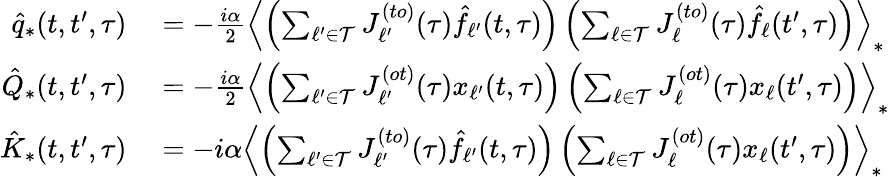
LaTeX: \begin{array}{rl}{\hat{q}_{*}(t,t^{\prime},\tau)}&{{}=-\frac{i\alpha}{2}\left\langle\left(\sum_{\ell^{\prime}\in\mathcal{T}}J_{\ell^{\prime}}^{(to)}(\tau)\hat{f}_{\ell^{\prime}}(t,\tau)\right)\left(\sum_{\ell\in\mathcal{T}}J_{\ell}^{(to)}(\tau)\hat{f}_{\ell}(t^{\prime},\tau)\right)\right\rangle_{*}}\\ {\hat{Q}_{*}(t,t^{\prime},\tau)}&{{}=-\frac{i\alpha}{2}\left\langle\left(\sum_{\ell^{\prime}\in\mathcal{T}}J_{\ell^{\prime}}^{(ot)}(\tau)x_{\ell^{\prime}}(t,\tau)\right)\left(\sum_{\ell\in\mathcal{T}}J_{\ell}^{(ot)}(\tau)x_{\ell}(t^{\prime},\tau)\right)\right\rangle_{*}}\\ {\hat{K}_{*}(t,t^{\prime},\tau)}&{{}=-i\alpha\left\langle\left(\sum_{\ell^{\prime}\in\mathcal{T}}J_{\ell^{\prime}}^{(to)}(\tau)\hat{f}_{\ell^{\prime}}(t,\tau)\right)\left(\sum_{\ell\in\mathcal{T}}J_{\ell}^{(ot)}(\tau)x_{\ell}(t^{\prime},\tau)\right)\right\rangle_{*}}\end{array}